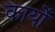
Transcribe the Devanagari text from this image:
कार्योंं